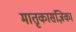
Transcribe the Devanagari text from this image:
मातृकासंज्ञिका